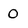
Character: o